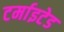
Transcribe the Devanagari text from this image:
टर्माइटेड